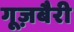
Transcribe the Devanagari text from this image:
गूज़बैरी